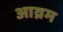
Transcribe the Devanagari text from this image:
आव्रम